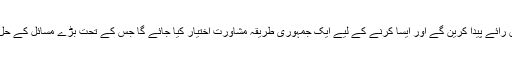
قومی اہمیت کے حامل قومی معاملات پر اتفاق رائے پیدا کرین گے اور ایسا کرنے کے لیے ایک جمہوری طریقہ مشاورت اختیار کیا جائے گا جس کے تحت بڑے مسائل کے حل کے لیے پالیسی اور اقدامات کیے جائیں گے۔